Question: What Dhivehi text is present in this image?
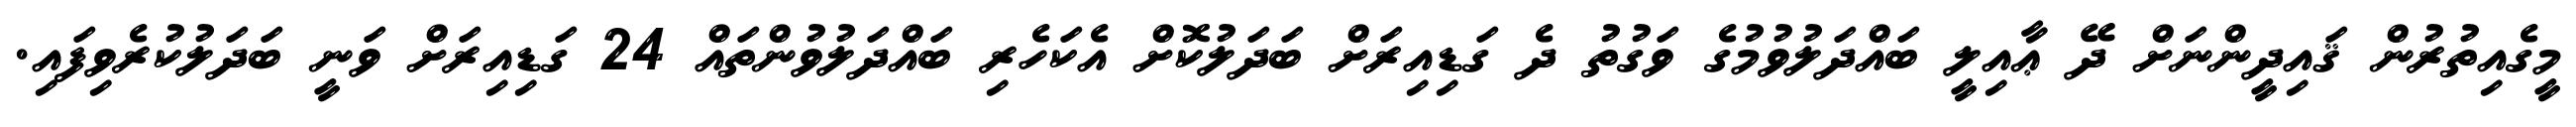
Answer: މީގެއިތުރުން ޤައިދީންނަށް ދޭ ޢާއިލީ ބައްދަލުވުމުގެ ވަގުތު ދެ ގަޑިއިރަށް ބަދަލުކޮށް އެކަހެރި ބައްދަލުވުންތައް 24 ގަޑިއިރަށް ވަނީ ބަދަލުކުރެވިފައި.